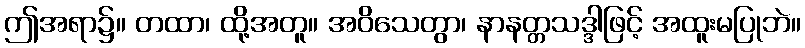
ဤအရာ၌။ တထာ၊ ထို့အတူ။ အဝိသေတွာ၊ နာနတ္တသဒ္ဒါဖြင့် အထူးမပြုဘဲ။